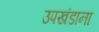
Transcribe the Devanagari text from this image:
उपखंडाना